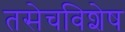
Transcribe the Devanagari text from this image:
तसेचविशेष